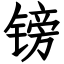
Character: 镑